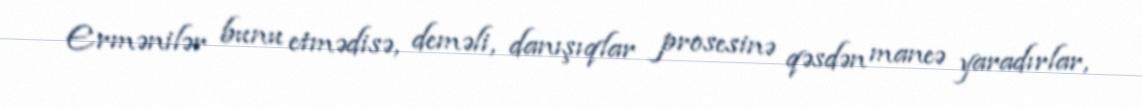
Ermənilər bunu etmədisə, deməli, danışıqlar prosesinə qəsdən maneə yaradırlar,